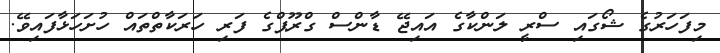
މިފަހަރުގެ ޝޯގައި ސްރީ ލަންކާގެ އައިޖޭ ޑާންސް ގްރޫޕްގެ ފަރި ހަރަކާތްތައް ހުށަހަޅާފައިވޭ.